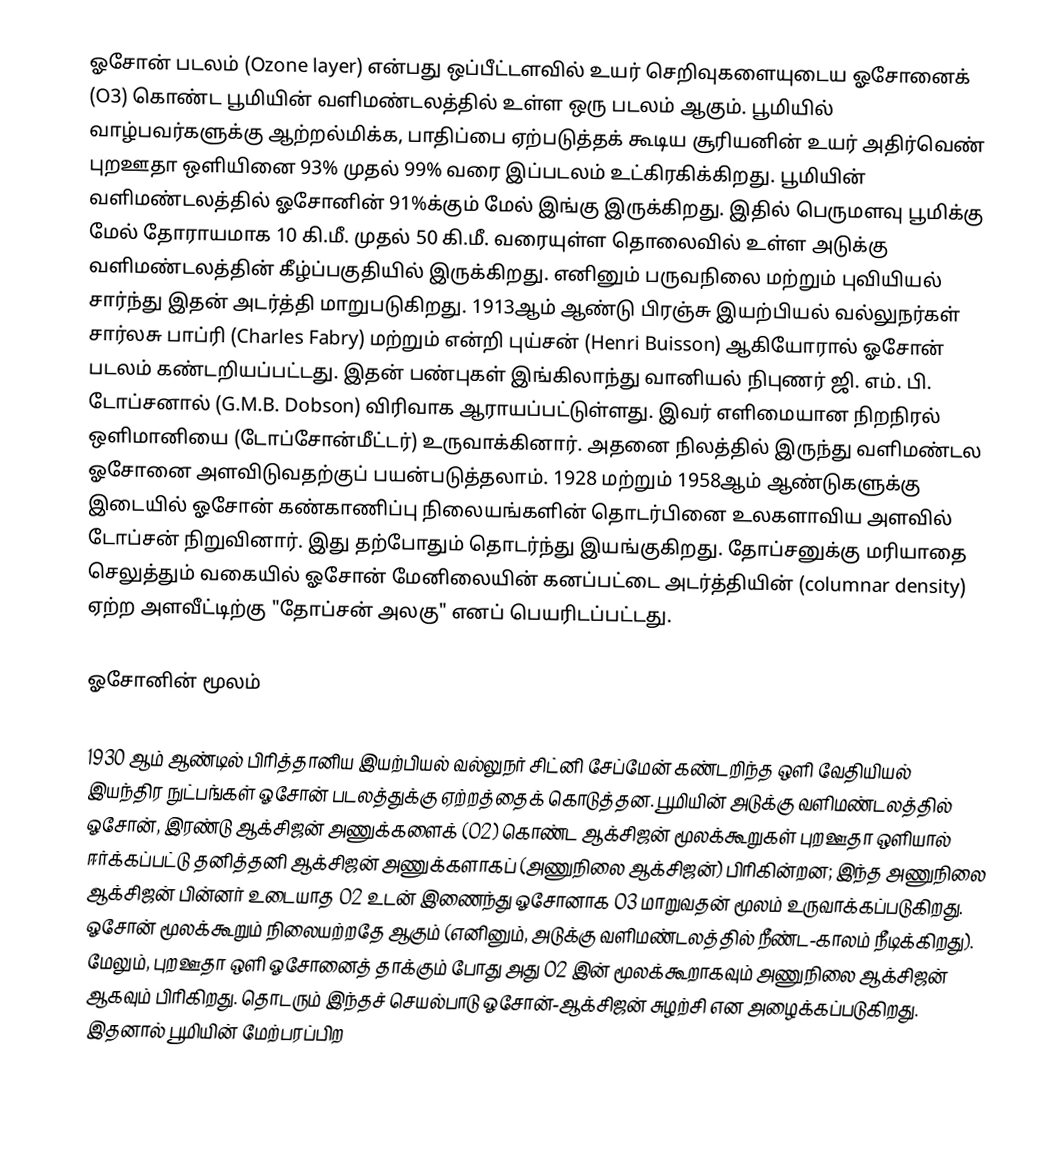
ஓசோன் படலம் (Ozone layer) என்பது ஒப்பீட்டளவில் உயர் செறிவுகளையுடைய ஓசோனைக் (O3) கொண்ட பூமியின் வளிமண்டலத்தில் உள்ள ஒரு படலம் ஆகும். பூமியில் வாழ்பவர்களுக்கு ஆற்றல்மிக்க, பாதிப்பை ஏற்படுத்தக் கூடிய சூரியனின் உயர் அதிர்வெண் புறஊதா ஒளியினை 93% முதல் 99% வரை இப்படலம் உட்கிரகிக்கிறது. பூமியின் வளிமண்டலத்தில் ஓசோனின் 91%க்கும் மேல் இங்கு இருக்கிறது. இதில் பெருமளவு பூமிக்கு மேல் தோராயமாக 10 கி.மீ. முதல் 50 கி.மீ. வரையுள்ள தொலைவில் உள்ள அடுக்கு வளிமண்டலத்தின் கீழ்ப்பகுதியில் இருக்கிறது. எனினும் பருவநிலை மற்றும் புவியியல் சார்ந்து இதன் அடர்த்தி மாறுபடுகிறது. 1913ஆம் ஆண்டு பிரஞ்சு இயற்பியல் வல்லுநர்கள் சார்லசு பாப்ரி (Charles Fabry) மற்றும் என்றி புய்சன் (Henri Buisson) ஆகியோரால் ஓசோன் படலம் கண்டறியப்பட்டது. இதன் பண்புகள் இங்கிலாந்து வானியல் நிபுணர் ஜி. எம். பி. டோப்சனால் (G.M.B. Dobson) விரிவாக ஆராயப்பட்டுள்ளது. இவர் எளிமையான நிறநிரல் ஒளிமானியை (டோப்சோன்மீட்டர்) உருவாக்கினார். அதனை நிலத்தில் இருந்து வளிமண்டல ஓசோனை அளவிடுவதற்குப் பயன்படுத்தலாம். 1928 மற்றும் 1958ஆம் ஆண்டுகளுக்கு இடையில் ஓசோன் கண்காணிப்பு நிலையங்களின் தொடர்பினை உலகளாவிய அளவில் டோப்சன் நிறுவினார். இது தற்போதும் தொடர்ந்து இயங்குகிறது. தோப்சனுக்கு மரியாதை செலுத்தும் வகையில் ஓசோன் மேனிலையின் கனப்பட்டை அடர்த்தியின் (columnar density) ஏற்ற அளவீட்டிற்கு "தோப்சன் அலகு" எனப் பெயரிடப்பட்டது.

ஓசோனின் மூலம்

1930 ஆம் ஆண்டில் பிரித்தானிய இயற்பியல் வல்லுநர் சிட்னி சேப்மேன் கண்டறிந்த ஒளி வேதியியல் இயந்திர நுட்பங்கள் ஓசோன் படலத்துக்கு ஏற்றத்தைக் கொடுத்தன. பூமியின் அடுக்கு வளிமண்டலத்தில் ஓசோன், இரண்டு ஆக்சிஜன் அணுக்களைக் (O2) கொண்ட ஆக்சிஜன் மூலக்கூறுகள் புறஊதா ஒளியால் ஈர்க்கப்பட்டு தனித்தனி ஆக்சிஜன் அணுக்களாகப் (அணுநிலை ஆக்சிஜன்) பிரிகின்றன; இந்த அணுநிலை ஆக்சிஜன் பின்னர் உடையாத O2 உடன் இணைந்து ஓசோனாக O3 மாறுவதன் மூலம் உருவாக்கப்படுகிறது. ஓசோன் மூலக்கூறும் நிலையற்றதே ஆகும் (எனினும், அடுக்கு வளிமண்டலத்தில் நீண்ட-காலம் நீடிக்கிறது). மேலும், புறஊதா ஒளி ஓசோனைத் தாக்கும் போது அது O2 இன் மூலக்கூறாகவும் அணுநிலை ஆக்சிஜன் ஆகவும் பிரிகிறது. தொடரும் இந்தச் செயல்பாடு ஓசோன்-ஆக்சிஜன் சுழற்சி என அழைக்கப்படுகிறது. இதனால் பூமியின் மேற்பரப்பிற